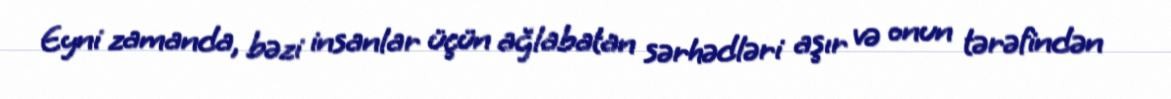
Eyni zamanda, bəzi insanlar üçün ağlabatan sərhədləri aşır və onun tərəfindən